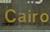
cairo